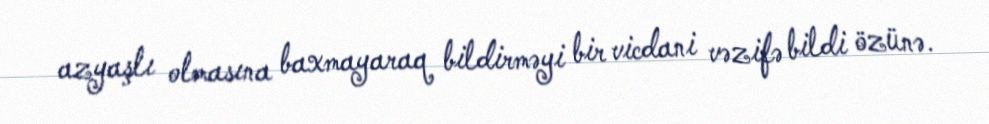
azyaşlı olmasına baxmayaraq bildirməyi bir vicdani vəzifə bildi özünə.